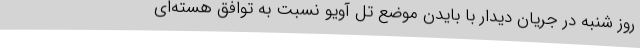
روز شنبه در جریان دیدار با بایدن موضع تل آویو نسبت به توافق هسته‌ای